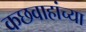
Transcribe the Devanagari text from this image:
कछवाहांच्या